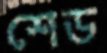
শেড